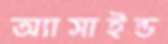
অ্যাসাইন্ড